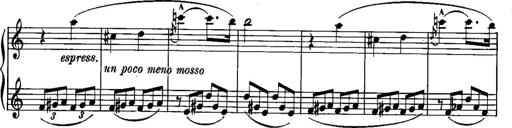
Title: Piano Sonatina No.1, Op.146
Composer: Stephen Heller